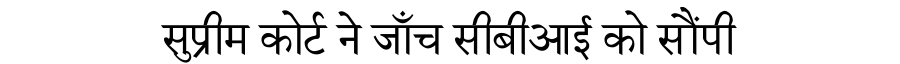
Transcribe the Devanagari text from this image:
सुप्रीम कोर्ट ने जाँच सीबीआई को सौंपी